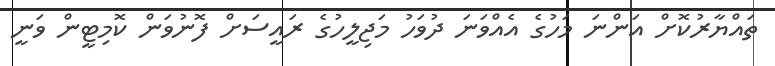
ތައްޔާރުކޮށް އަންނަ މަހުގެ އެއްވަނަ ދުވަހު މަޖިލީހުގެ ރައީސަށް ފޮނުވަން ކޮމިޓީން ވަނީ